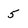
Character: 5